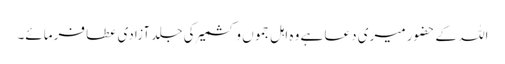
اللہ کے حضور میری دعا ہے وہ اہل جموں و کشمیر کی جلد آزادی عطا فرمائے۔